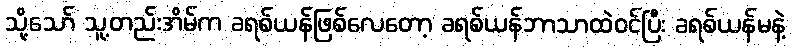
သို့သော် သူ့တည်းအိမ်က ခရစ်ယန်ဖြစ်လေတော့ ခရစ်ယန်ဘာသာထဲဝင်ပြီး ခရစ်ယန်မနဲ့